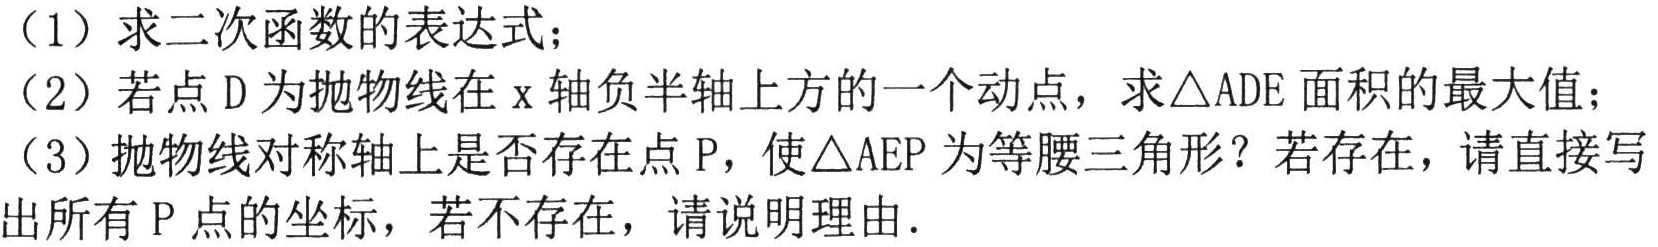
（1）求二次函数的表达式；
（2）若点 D 为抛物线在 x 轴负半轴上方的一个动点，求$\triangle ADE$面积的最大值；
（3）抛物线对称轴上是否存在点 P，使$\triangle AEP$为等腰三角形？若存在，请直接写出所有 P 点的坐标，若不存在，请说明理由.